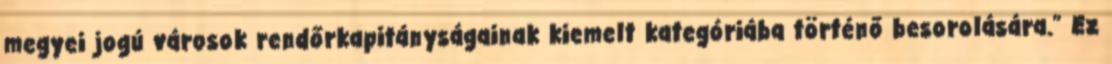
megyei jogú városok rendőrkapitányságainak kiemelt kategóriába történő besorolására.” Ez